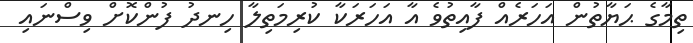
ތިމާގެ ޙަޔާތުން އަހަރެއް ފާއިތުވެ އާ އަހަރަކާ ކުރިމަތިލާ ހިނދު ފުންކޮށް ވިސްނައި